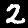
Digit: 2